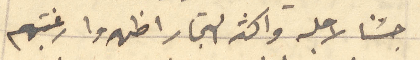
جئنا لاجله واكثر التجار اظهروا رغبتهم